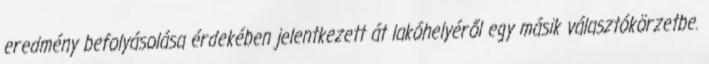
eredmény befolyásolása érdekében jelentkezett át lakóhelyéről egy másik választókörzetbe.